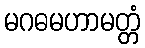
မဂဓမဟာမတ္တံ